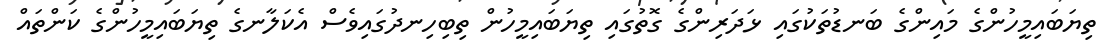
ތިޔަބައިމީހުންގެ މައިންގެ ބަނޑުތަކުގައި ޅަދަރިންގެ ގޮތުގައި ތިޔަބައިމީހުން ތިބިހިނދުގައިވެސް އެކަލާނގެ ތިޔަބައިމީހުންގެ ކަންތައް